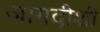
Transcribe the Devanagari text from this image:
जागदीशी